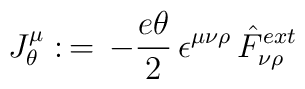
J_{\theta}\sp{\mu}:\,=\,-\frac{e\theta}{2}\,\epsilon\sp{\mu\nu\rho}\,\hat F_{\nu \rho}\sp{ext}